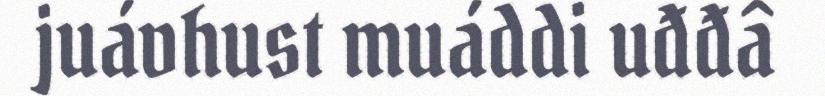
juávhust muáddi uđđâ